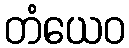
တံယေဝ